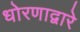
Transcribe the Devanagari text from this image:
धोरणाद्वारे